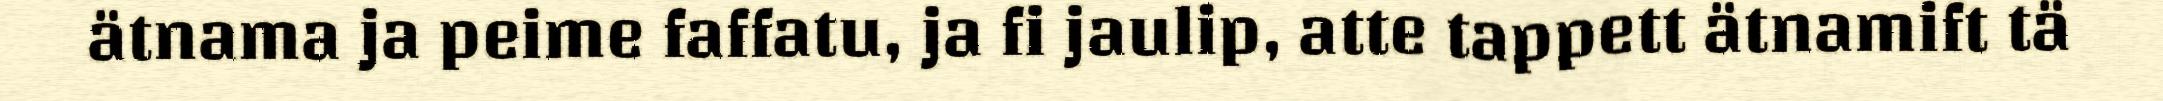
ätnama ja peime faffatu, ja fi jaulip, atte tappett ätnamift tä